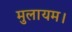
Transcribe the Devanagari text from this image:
मुलायम।